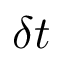
\delta t